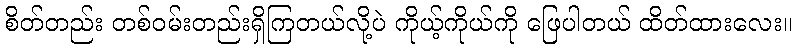
စိတ်တည်း တစ်ဝမ်းတည်းရှိကြတယ်လို့ပဲ ကိုယ့်ကိုယ်ကို ဖြေပါတယ် ထိတ်ထားလေး။